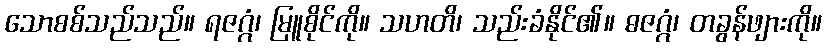
သောစစ်သည်သည်။ ရဇဂ္ဂံ၊ မြူစိုင်ကို။ သဟတိ၊ သည်းခံနိုင်၏။ ဓဇဂ္ဂံ၊ တခွန်ဖျားကို။